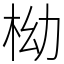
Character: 柪